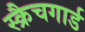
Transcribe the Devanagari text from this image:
स्क्रैचगार्ड